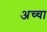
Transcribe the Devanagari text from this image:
अच्‍चा